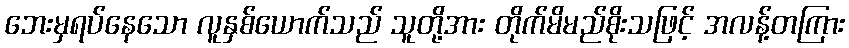
ဘေးမှရပ်နေသော လူနှစ်ယောက်သည် သူတို့အား တိုက်မိမည်စိုးသဖြင့် အလန့်တကြား